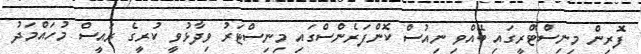
ފޮރިން މިނިސްޓްރީގައި ބޭއްވި ނިއުސް ކޮންފަރެންސްގައި މިނިސްޓަރު ވިދާޅުވީ ކުރީގެ ރައީސް މުހައްމަދު